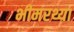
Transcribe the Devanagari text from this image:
भीमरथ्या